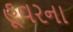
હૂવરના